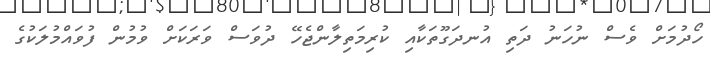
ހޯދުމަށް ވެސް ނުހަނު ދަތި އުނދަގޫތަކާއި ކުރިމަތިލާންޖެހޭ ދުވަސް ވަރަކަށް ވުމުން ފުވައްމުލަކުގެ